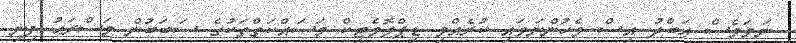
ނަމަވެސް ޢަބްދު އިސް ވެހުންނަވައި ކުރެއްވި ޑިޕްލޮމެޓިކް މަސައްކަތްތަކުގެ ސަބަބުން މަސްރަޙު ފިނި